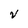
Character: V